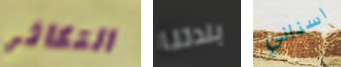
التكاثر بلدتنا اسناني